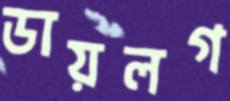
ডায়লগ